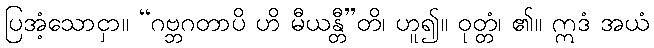
ပြအံ့သောငှာ။ “ဂဗ္ဘဂတာပိ ဟိ မီယန္တီ”တိ၊ ဟူ၍။ ဝုတ္တံ၊ ၏။ ဣဒံ အယံ